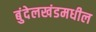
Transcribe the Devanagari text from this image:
बुंदेलखंडमधील